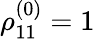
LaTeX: \rho_{11}^{(0)}=1